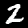
Label: 2